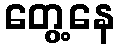
တွေ့နေ